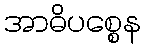
အာဓိပစ္စေန